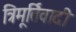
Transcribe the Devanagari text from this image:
त्रिमूर्तिवादी